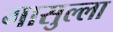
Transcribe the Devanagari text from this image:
गासुल्ला